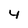
Character: 4